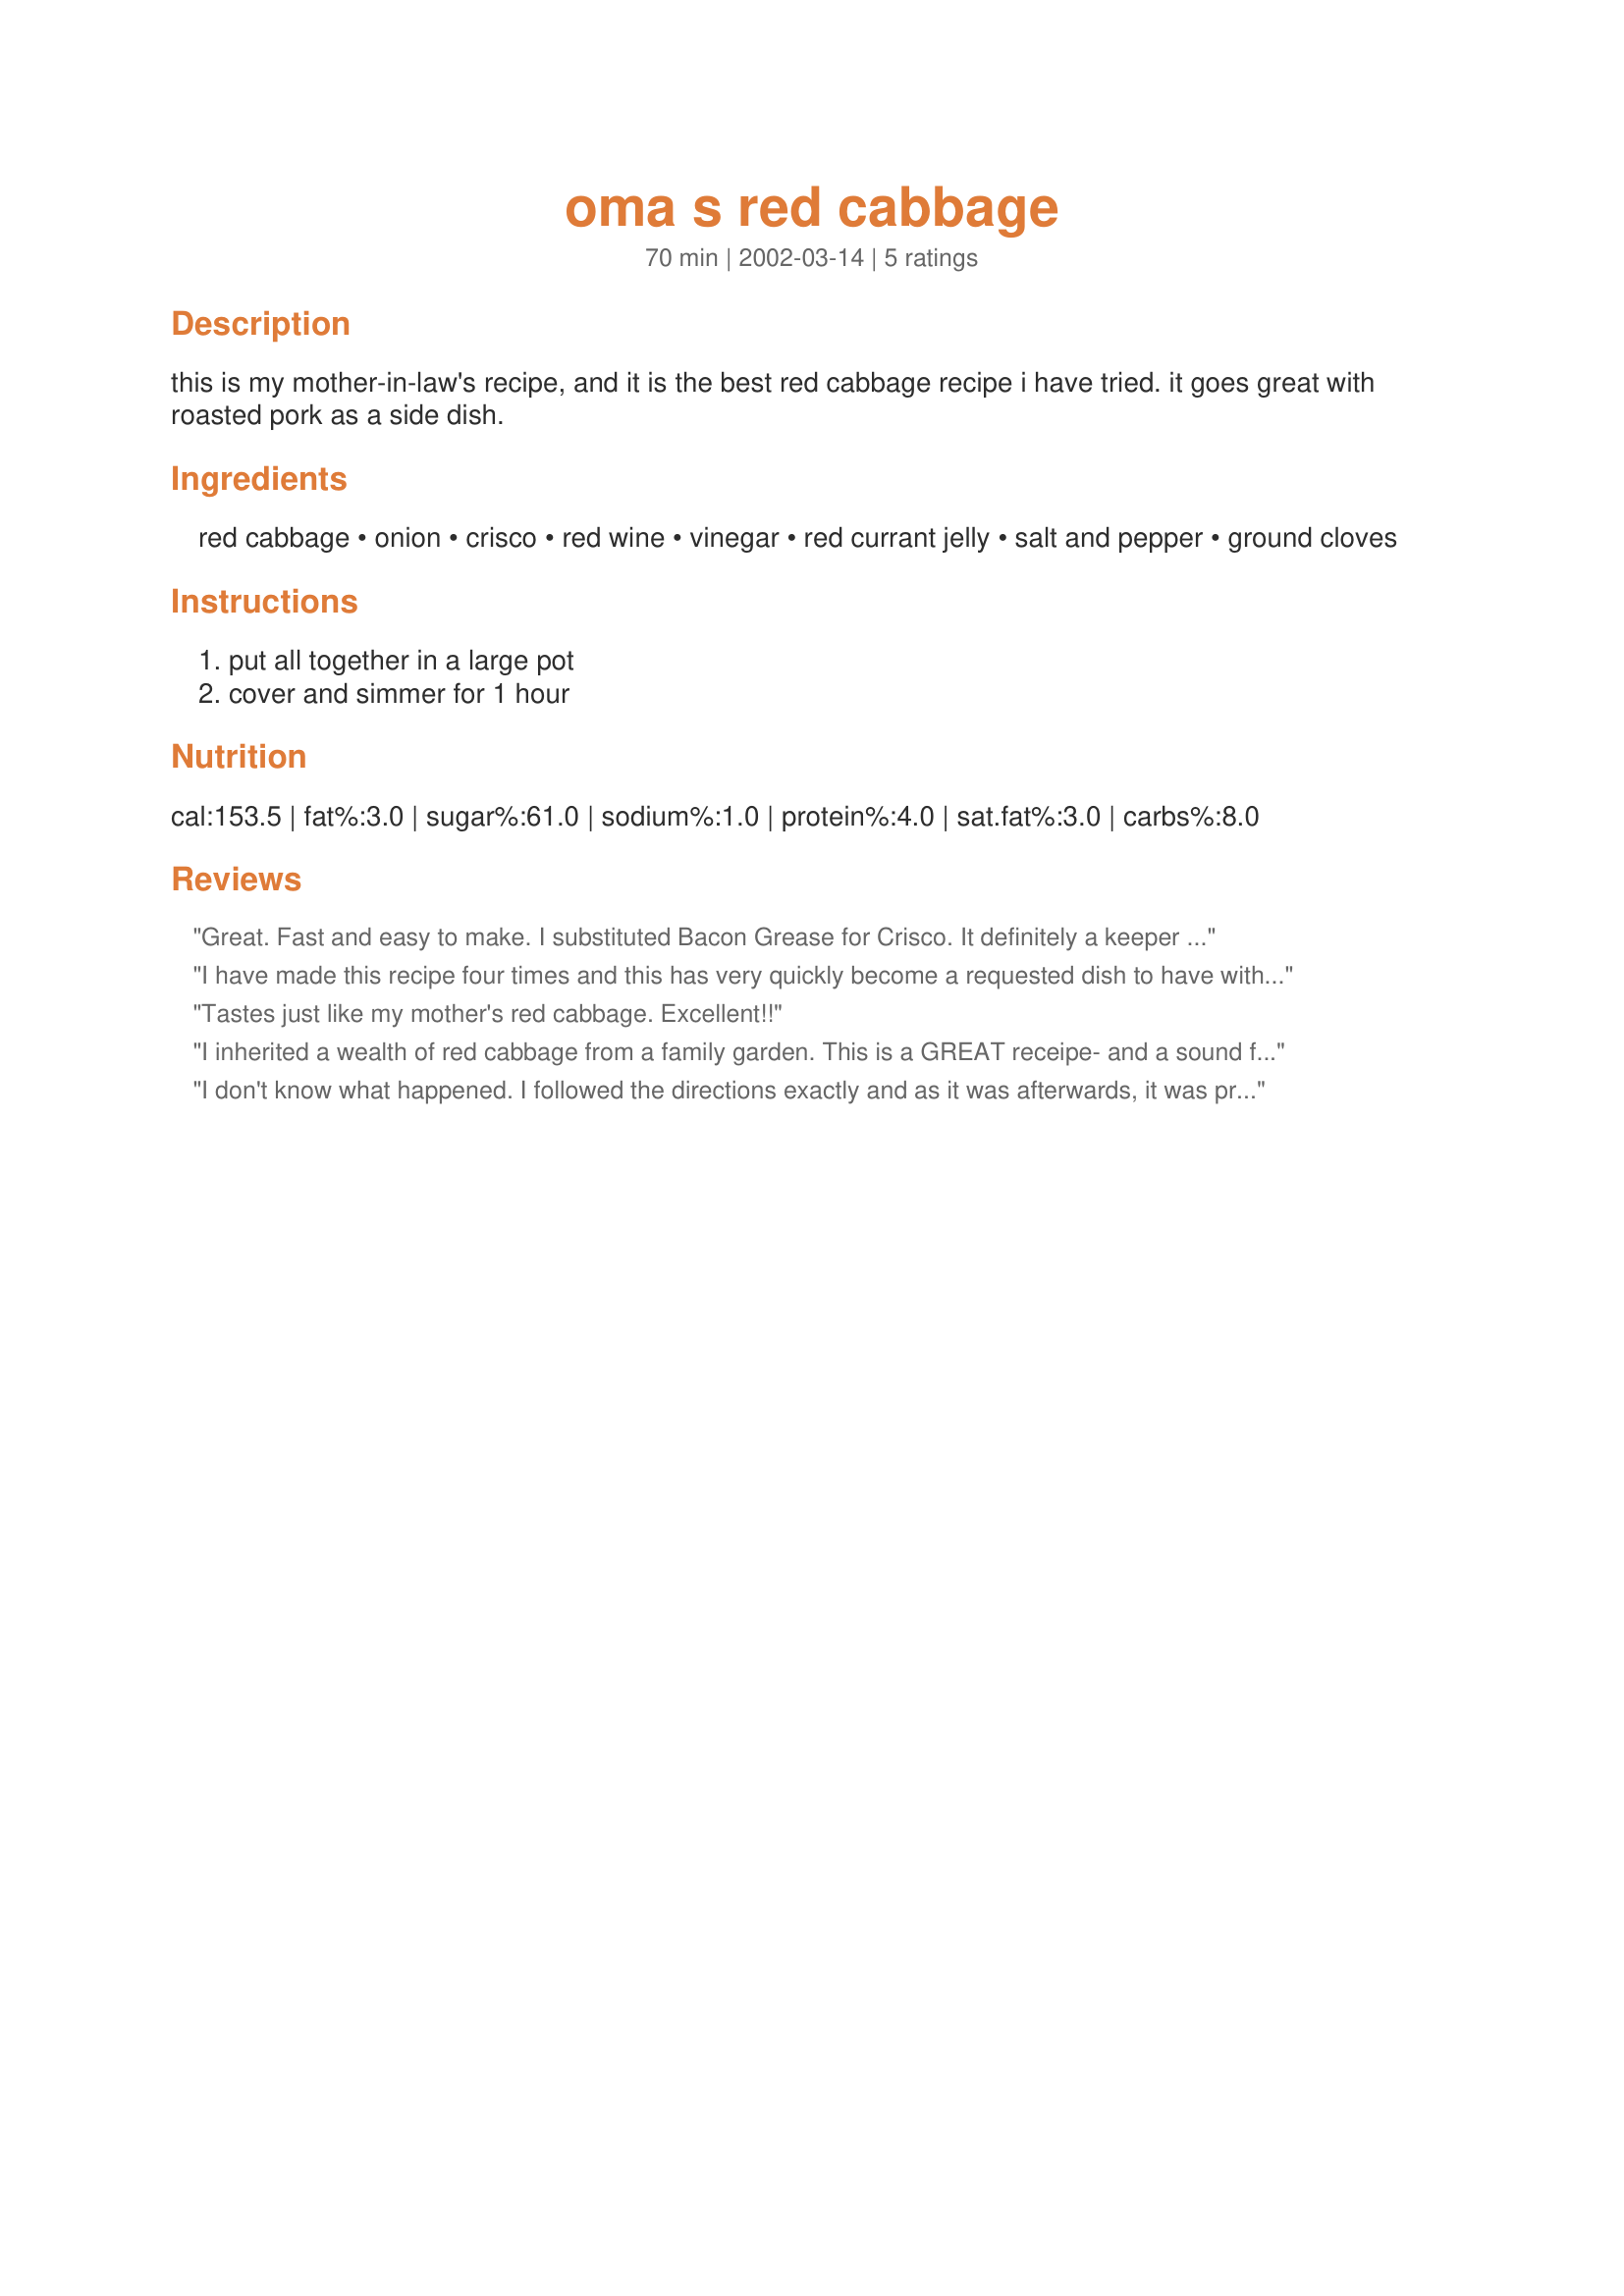
oma s red cabbage
Preparation time: 70 minutes

this is my mother-in-law's recipe, and it is the best red cabbage recipe i have tried. it goes great with roasted pork as a side dish.

Ingredients:
red cabbage, onion, crisco, red wine, vinegar, red currant jelly, salt and pepper, ground cloves

Steps:
put all together in a large pot, cover and simmer for 1 hour

Reviews:
Great. Fast and easy to make. I substituted Bacon Grease for Crisco. It definitely a keeper in our family.
Helga Petersen
I have made this recipe four times and this has very quickly become a requested dish to have with any pork served at my house. I didn't have the red current jelly so just used what jelly was in the fridge still good. Definitely a keeper.
Tastes just like my mother's red cabbage. Excellent!!
I inherited a wealth of red cabbage from a family garden. This is a GREAT receipe- and a sound foundation for so many variations, depending upon what you have in the cupboard. I used the following: white wine vinegar, bacon fat and grape jelly instead of currant (because I had no currant in the house). I will be making this for many years to come.
I don't know what happened. I followed the directions exactly and as it was afterwards, it was pretty bitter. Maybe it was the wine I used (a Merlot) but it needed 1/2 c. brown sugar to make it palatable to us. After that it was pretty good with BBQ pork chops, maybe a 4 star, but as written it is a 3 star.
